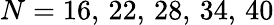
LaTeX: N=16,\, 22,\, 28,\, 34,\, 40